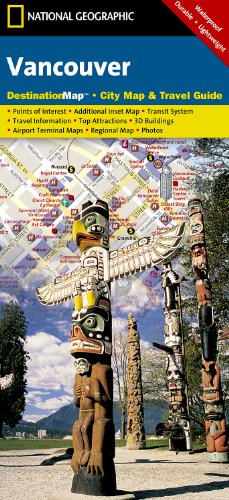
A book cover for Vancouver (National Geographic Destination City Map); National Geographic Maps; Travel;